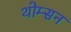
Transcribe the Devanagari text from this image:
थोम्सन